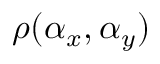
\rho ( \alpha _ { x } , \alpha _ { y } )